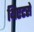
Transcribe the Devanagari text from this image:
थिएटरो